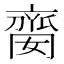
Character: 𠆈